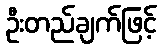
ဦးတည်ချက်ဖြင့်